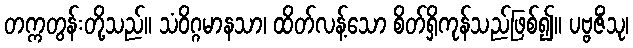
တက္ကတွန်းတို့သည်။ သံဝိဂ္ဂမာနသာ၊ ထိတ်လန့်သော စိတ်ရှိကုန်သည်ဖြစ်၍။ ပဗ္ဗဇိံသု၊